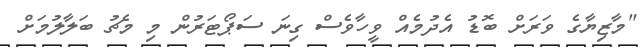
"މާޒިޔާގެ ވަރަށް ބޮޑު އެދުމެއް ވީހާވެސް ގިނަ ސަޕޯޓަރުން މި މެޗު ބަލާލުމަށް